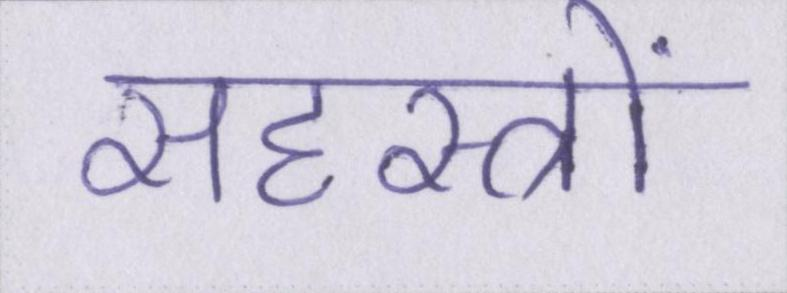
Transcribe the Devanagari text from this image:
सहस्त्रों